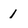
Character: 1